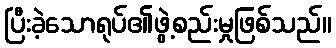
ပြီးခဲ့သောရုပ်၏ဖွဲ့စည်းမှုဖြစ်သည်။